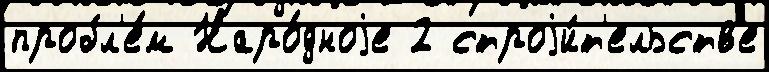
пробл'е́м Наро́дноjе 2 строjи́т'ельств'е